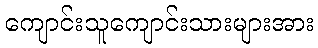
ကျောင်းသူကျောင်းသားများအား